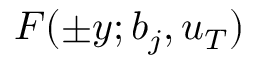
F ( \pm y ; b _ { j } , u _ { T } )